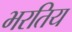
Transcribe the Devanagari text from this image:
भरतिय